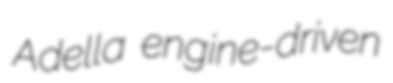
Adella engine-driven